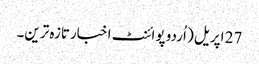
27 اپریل ( اُردو پوائنٹ اخبارتازہ ترین۔